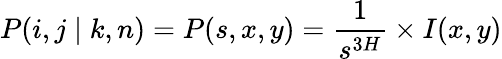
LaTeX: P(i,j\mid k,n)=P(s,x,y)=\frac{1}{s^{3H}}\times I(x,y)